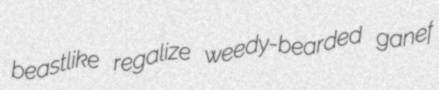
beastlike regalize weedy-bearded ganef